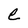
Character: e